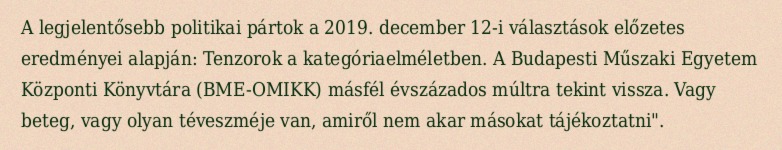
A legjelentősebb politikai pártok a 2019. december 12-i választások előzetes eredményei alapján: Tenzorok a kategóriaelméletben. A Budapesti Műszaki Egyetem Központi Könyvtára (BME-OMIKK) másfél évszázados múltra tekint vissza. Vagy beteg, vagy olyan téveszméje van, amiről nem akar másokat tájékoztatni".